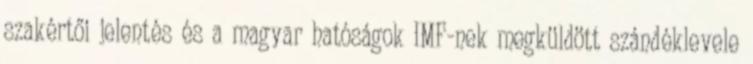
szakértői jelentés és a magyar hatóságok IMF-nek megküldött szándéklevele